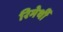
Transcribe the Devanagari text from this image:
रिमेर्थी